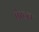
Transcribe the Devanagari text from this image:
पेस्‍टल